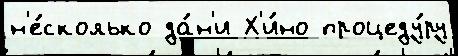
н'е́сколько да́н'и Х'и́но процеду́ру